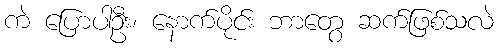
ကဲ ပြောပါဦး၊ နောက်ပိုင်း ဘာတွေ ဆက်ဖြစ်သလဲ